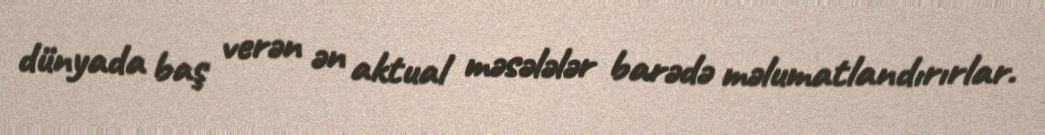
dünyada baş verən ən aktual məsələlər barədə məlumatlandırırlar.